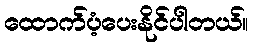
ထောက်ပံ့ပေးနိုင်ပါတယ်။